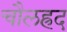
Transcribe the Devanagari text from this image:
चौलह्रद